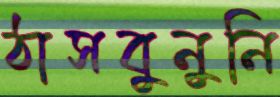
ঠাসবুনুনি